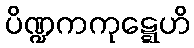
ပိဏ္ဍကကုဋ္ဋေဟိ